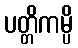
ပတ္တိကမ္ပိ